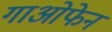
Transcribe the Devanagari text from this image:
गाओफेन